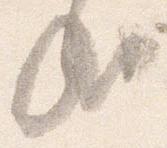
哉